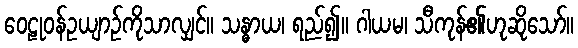
ဝေဠုဝန်ဥယျာဉ်ကိုသာလျှင်။ သန္ဓာယ၊ ရည်၍။ ဂါယမ၊ သီကုန်၏ဟုဆိုသော်။